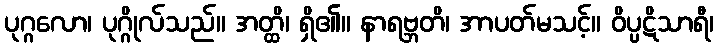
ပုဂ္ဂလော၊ ပုဂ္ဂိုလ်သည်။ အတ္ထိ၊ ရှိ၏။ နာရဗ္ဘတိ၊ အာပတ်မသင့်။ ဝိပ္ပဋိသာရီ၊